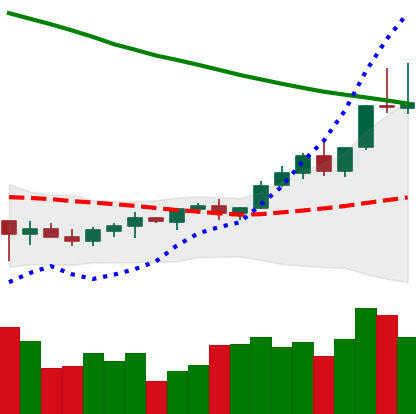
Ticker: TRX-USD
Chart end date: 2022-03-29
Forward return: 5.442%
Label: up_5_7